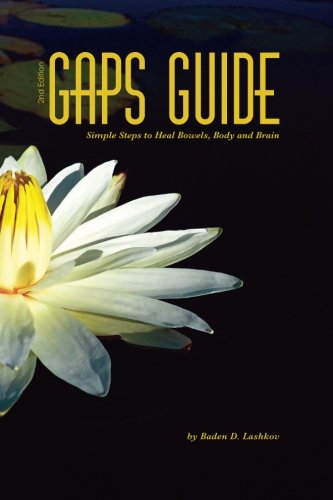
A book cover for GAPS Guide 2nd Edition: Simple Steps to Heal Bowels, Body, and Brain; Baden Lashkov; Health, Fitness & Dieting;